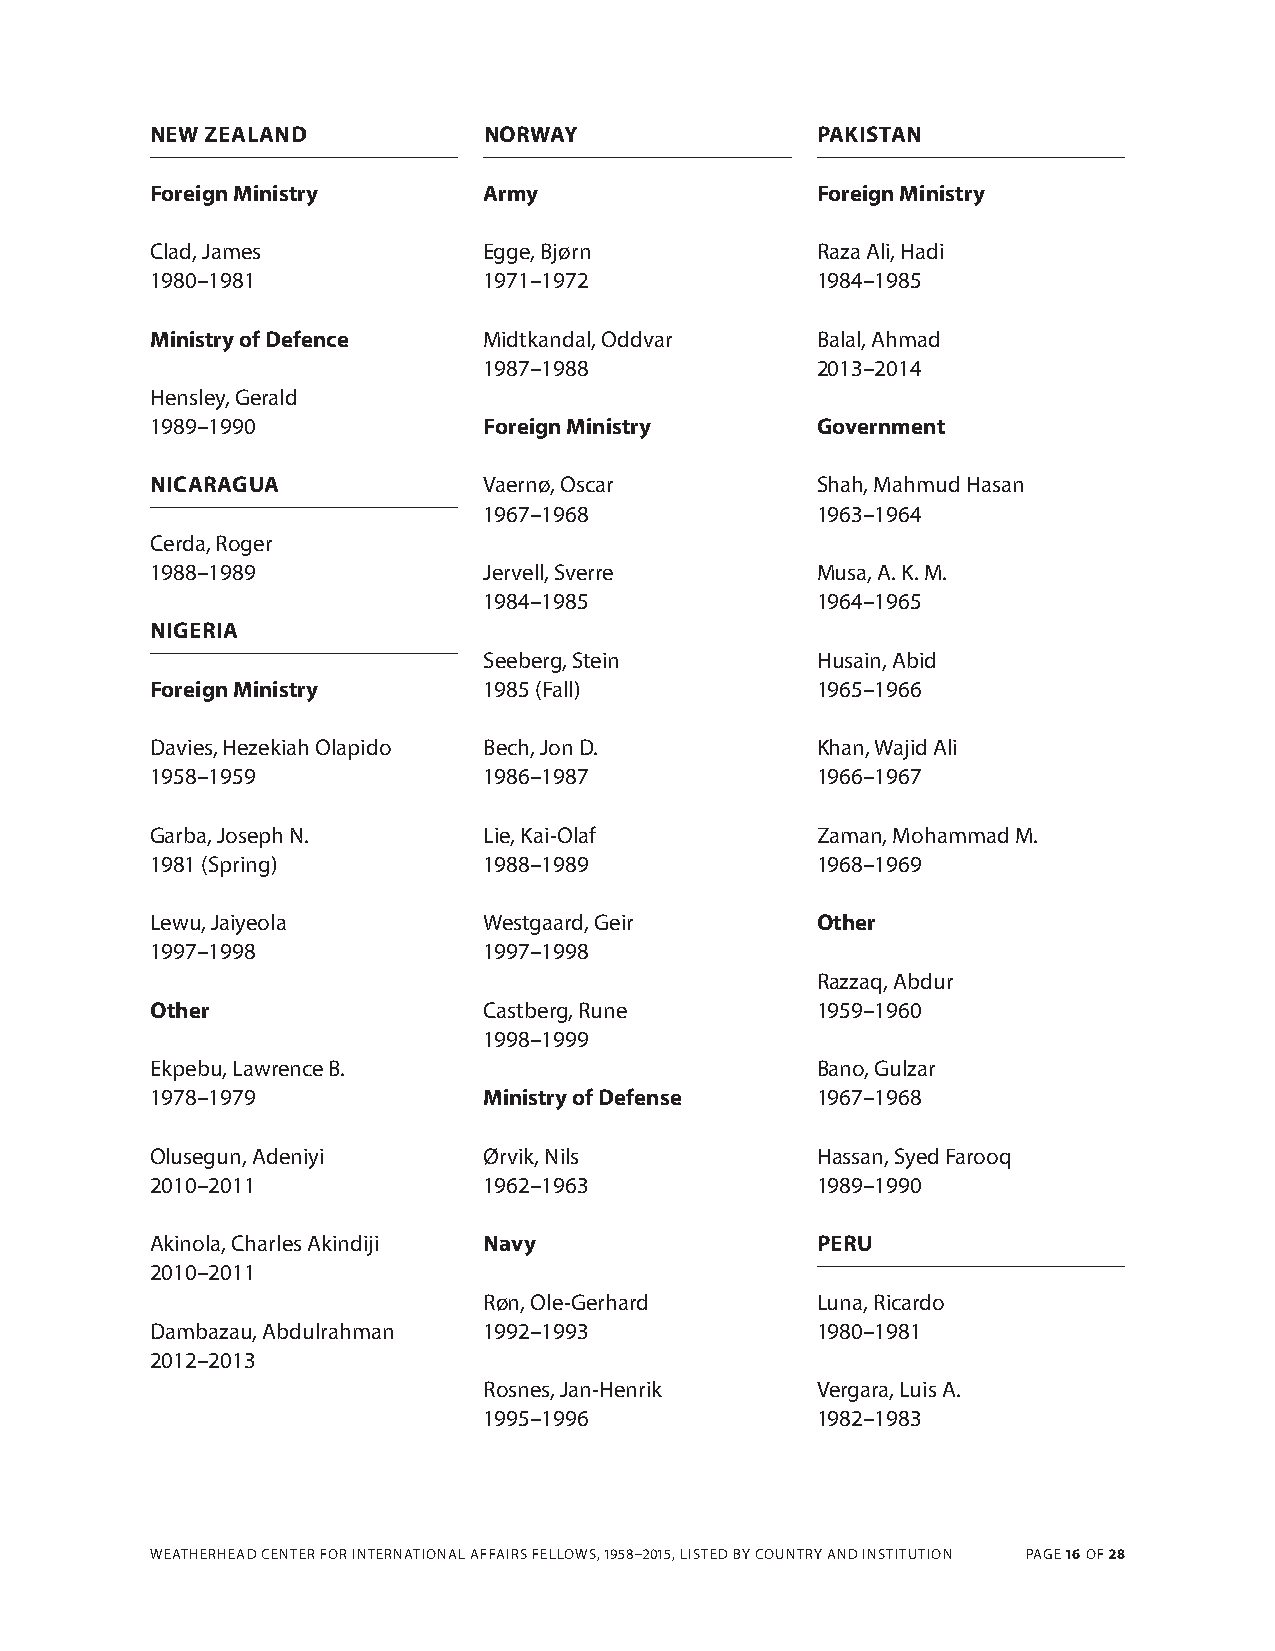
NEW ZEALAND           NORWAY                PAKISTAN
 Foreign Ministry      Army                  Foreign Ministry
 Clad, James           Egge, Bjørn           raza Ali, hadi
 1980–1981             1971–1972             1984–1985
 Ministry of Defence   Midtkandal, Oddvar    Balal, Ahmad
 1987–1988             2013–2014
 hensley, Gerald
 1989–1990             Foreign Ministry      Government
 NICARAGUA             Vaernø, Oscar         Shah, Mahmud hasan
 1967–1968             1963–1964
 Cerda, roger
 1988–1989             Jervell, Sverre       Musa, A. K. M.
 1984–1985             1964–1965
 NIGERIA
 Seeberg, Stein        husain, Abid
 Foreign Ministry      1985 (Fall)           1965–1966
 davies, hezekiah Olapido Bech, Jon d.       Khan, Wajid Ali
 1958–1959             1986–1987             1966–1967
 Garba, Joseph N.      Lie, Kai-Olaf         Zaman, Mohammad M.
 1981 (Spring)         1988–1989             1968–1969
 Lewu, Jaiyeola        Westgaard, Geir       Other
 1997–1998             1997–1998
 razzaq, Abdur
 Other                 Castberg, rune        1959–1960
 1998–1999
 Ekpebu, Lawrence B.                         Bano, Gulzar
 1978–1979             Ministry of Defense   1967–1968
 Olusegun, Adeniyi     Ørvik, Nils           hassan, Syed Farooq
 2010–2011             1962–1963             1989–1990
 Akinola, Charles Akindiji Navy              PERU
 2010–2011
 røn, Ole-Gerhard      Luna, ricardo
 dambazau, Abdulrahman 1992–1993             1980–1981
 2012–2013
 rosnes, Jan-henrik    Vergara, Luis A.
 1995–1996             1982–1983
 WEAthErhEAd CENtEr FOr INtErNA tIONAL AFFAIrS FELLOWS, 1958–2015, LIStEd BY COUNtrY ANd INStItUtION PAGE 16 OF 28